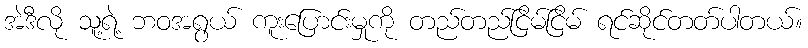
အဲဒီလို သူ့ရဲ့ ဘဝအရွယ် ကူးပြောင်းမှုကို တည်တည်ငြိမ်ငြိမ် ရင်ဆိုင်တတ်ပါတယ်။